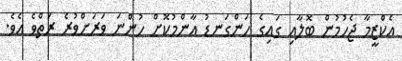
އެކްޒީމާ ޖެހުމުން ބޮލާއި ގައިގެ ހަންގަނޑު އާންމުކޮށް ހުންނަ ވަރަށްވުރެ ރަތްވެ އެވެ.